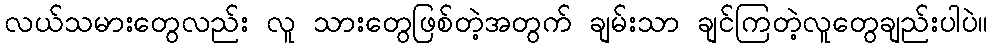
လယ်သမားတွေလည်း လူ သားတွေဖြစ်တဲ့အတွက် ချမ်းသာ ချင်ကြတဲ့လူတွေချည်းပါပဲ။